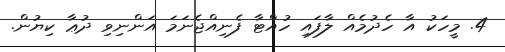
4. މީހަކު އާ ހެދުމެއް ލާފައި ހުއްޓާ ފެނިއްޖެނަމަ އަންނިވި ދުޢާ ކިޔުން.